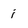
Character: i